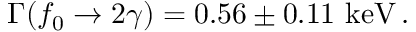
\Gamma ( f _ { 0 } \rightarrow 2 \gamma ) = 0 . 5 6 \pm 0 . 1 1 \ \mathrm { k e V } \, .